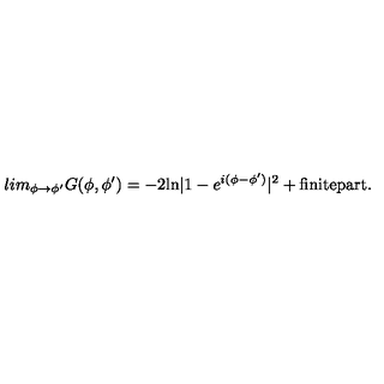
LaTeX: l i m _ { \phi \to \phi ^ { \prime } } G ( \phi , \phi ^ { \prime } ) = - 2 \mathrm { l n } | 1 - e ^ { i ( \phi - \phi ^ { \prime } ) } | ^ { 2 } + \mathrm { f i n i t e p a r t } .